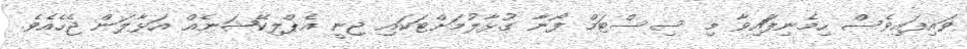
ވައިފައިވެސް ހިމެނިފަައިވާ މި ސިސްޓަމް ފޯނާ ގުޅާލުމަށްޓަކައި ޖިނީ އެޕްލިކޭޝަނެއް އަޅާލަން ޖެހެއެވެ.